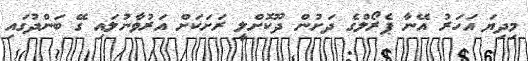
މިދިޔަ އަހަރު އޭނާ ޕެރޯލްގެ ދަށުން ދޫކޮށްލީ ރަށަކަށް އަރުވާނުލައި ގޭ ބަންދުގައި